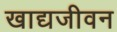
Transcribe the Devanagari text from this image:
खाद्यजीवन